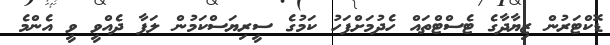
ޑޮކްޓަރުން ޒިޔާދާގެ ޓެސްޓްތައް ހެދުމަށްފަހު ކަމުގެ ސީރިޔަސްކަމުން ލަފާ ދެއްވީ ވީ އެންމެ